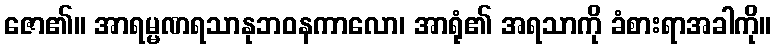
ဇော၏။ အာရမ္မဏရသာနုဘဝနကာလော၊ အာရုံ၏ အရသာကို ခံစားရာအခါကို။